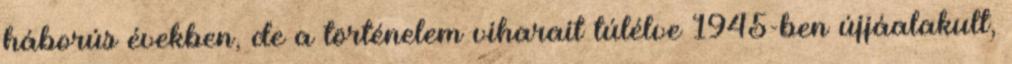
háborús években, de a történelem viharait túlélve 1945-ben újjáalakult,